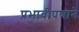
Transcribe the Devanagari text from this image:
प्रभावीपणाने